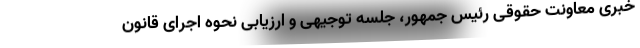
خبری معاونت حقوقی رئیس جمهور، جلسه توجیهی و ارزیابی نحوه اجرای قانون